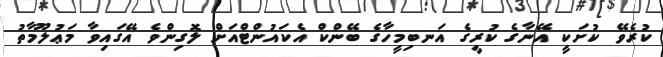
ކުރެވޭ ކުށަކީ އޭނާގެ ކުރީގެ އަނބިމީހާގެ ބޭންކް އެކައުންޓްއަށް ލޮގިންވެ އޭގައިވާ މަޢުލޫމާތު